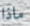
ماذا